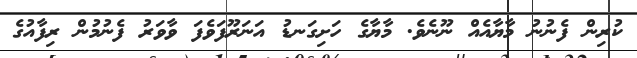
ކުރިން ފެނުނު މާޔާއެއް ނޫނެވެ. މާޔާގެ ހަށިގަނޑު އަނަރޫފަވެފަ ވާވަރު ފެނުމުން ރިފާއުގެ